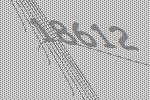
18612